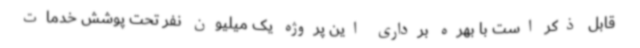
قابل ذکر است با بهره برداری این پروژه یک میلیون نفر تحت پوشش خدمات